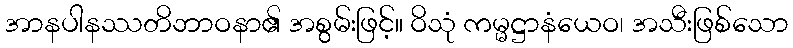
အာနပါနဿတိဘာဝနာ၏ အစွမ်းဖြင့်။ ဝိသုံ ကမ္မဋ္ဌာနံယေဝ၊ အသီးဖြစ်သော